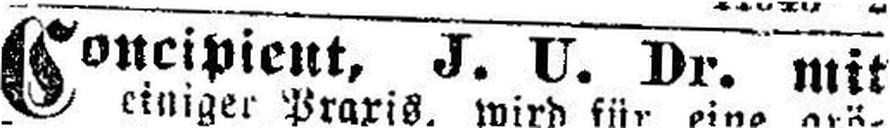
Concipient, J. U. Dr. mit